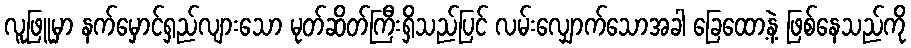
လူဖြူမှာ နက်မှောင်ရှည်လျားသော မုတ်ဆိတ်ကြီးရှိသည်ပြင် လမ်းလျှောက်သောအခါ ခြေထော့နဲ့ ဖြစ်နေသည်ကို